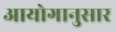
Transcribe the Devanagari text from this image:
आयोगानुसार